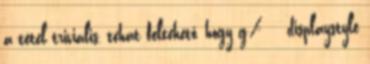
a tétel triviális, tehát feltehető, hogy g ≠ displaystyle